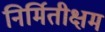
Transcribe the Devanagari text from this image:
निर्मितीक्षम